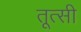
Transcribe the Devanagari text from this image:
तूत्सी